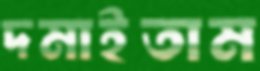
দমাইতাম